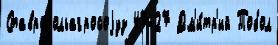
Ставропольагросоjуз 47-27 Дм'и́тр'ий Тобол